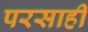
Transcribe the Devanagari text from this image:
परसाही